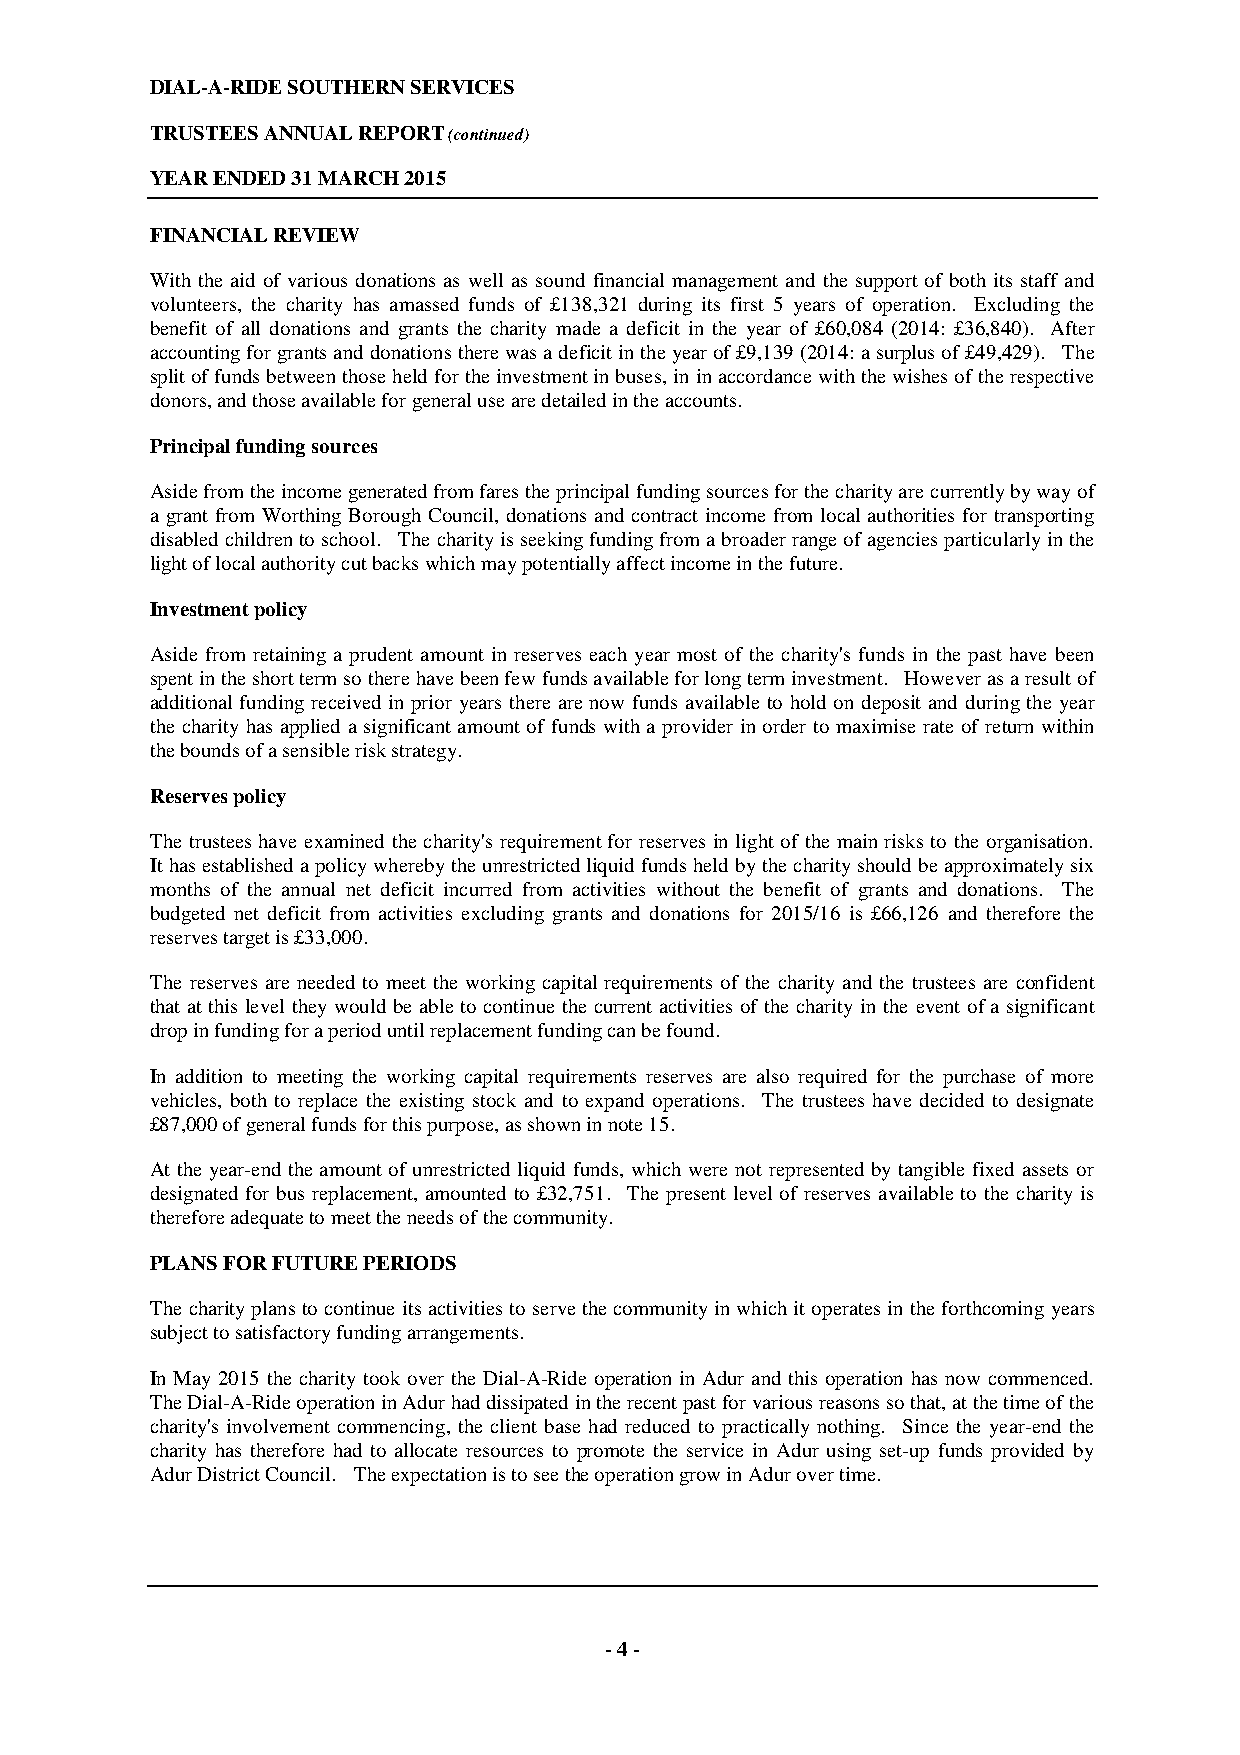
DIAL-A-RIDE SOUTHERN SERVICES
 TRUSTEES ANNUAL REPORT (continued)
 YEAR ENDED 31 MARCH 2015
 FINANCIAL REVIEW
 With the aid of various donations as well as sound financial management and the support of both its staff and
 volunteers, the charity has amassed funds of £138,321 during its first 5 years of operation. Excluding the
 benefit of all donations and grants the charity made a deficit in the year of £60,084 (2014: £36,840). After
 accounting for grants and donations there was a deficit in the year of £9,139 (2014: a surplus of £49,429). The
 split of funds between those held for the investment in buses, in in accordance with the wishes of the respective
 donors, and those available for general use are detailed in the accounts.
 Principal funding sources
 Aside from the income generated from fares the principal funding sources for the charity are currently by way of
 a grant from Worthing Borough Council, donations and contract income from local authorities for transporting
 disabled children to school. The charity is seeking funding from a broader range of agencies particularly in the
 light of local authority cut backs which may potentially affect income in the future.
 Investment policy
 Aside from retaining a prudent amount in reserves each year most of the charity's funds in the past have been
 spent in the short term so there have been few funds available for long term investment. However as a result of
 additional funding received in prior years there are now funds available to hold on deposit and during the year
 the charity has applied a significant amount of funds with a provider in order to maximise rate of return within
 the bounds of a sensible risk strategy.
 Reserves policy
 The trustees have examined the charity's requirement for reserves in light of the main risks to the organisation.
 It has established a policy whereby the unrestricted liquid funds held by the charity should be approximately six
 months of the annual net deficit incurred from activities without the benefit of grants and donations. The
 budgeted net deficit from activities excluding grants and donations for 2015/16 is £66,126 and therefore the
 reserves target is £33,000.
 The reserves are needed to meet the working capital requirements of the charity and the trustees are confident
 that at this level they would be able to continue the current activities of the charity in the event of a significant
 drop in funding for a period until replacement funding can be found.
 In addition to meeting the working capital requirements reserves are also required for the purchase of more
 vehicles, both to replace the existing stock and to expand operations. The trustees have decided to designate
 £87,000 of general funds for this purpose, as shown in note 15.
 At the year-end the amount of unrestricted liquid funds, which were not represented by tangible fixed assets or
 designated for bus replacement, amounted to £32,751. The present level of reserves available to the charity is
 therefore adequate to meet the needs of the community.
 PLANS FOR FUTURE PERIODS
 The charity plans to continue its activities to serve the community in which it operates in the forthcoming years
 subject to satisfactory funding arrangements.
 In May 2015 the charity took over the Dial-A-Ride operation in Adur and this operation has now commenced.
 The Dial-A-Ride operation in Adur had dissipated in the recent past for various reasons so that, at the time of the
 charity's involvement commencing, the client base had reduced to practically nothing. Since the year-end the
 charity has therefore had to allocate resources to promote the service in Adur using set-up funds provided by
 Adur District Council. The expectation is to see the operation grow in Adur over time.
 - 4 -